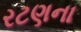
રટણના